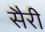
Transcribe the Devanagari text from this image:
सैरी